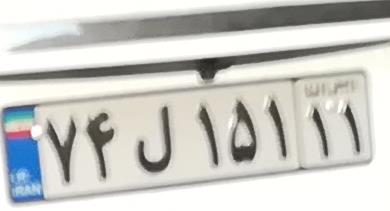
۷۴ل۱۵۱۱۱